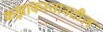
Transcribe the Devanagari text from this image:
कझाकस्तानतील